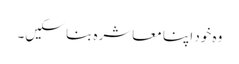
وہ خود اپنا معاشرہ بنا سکیں۔